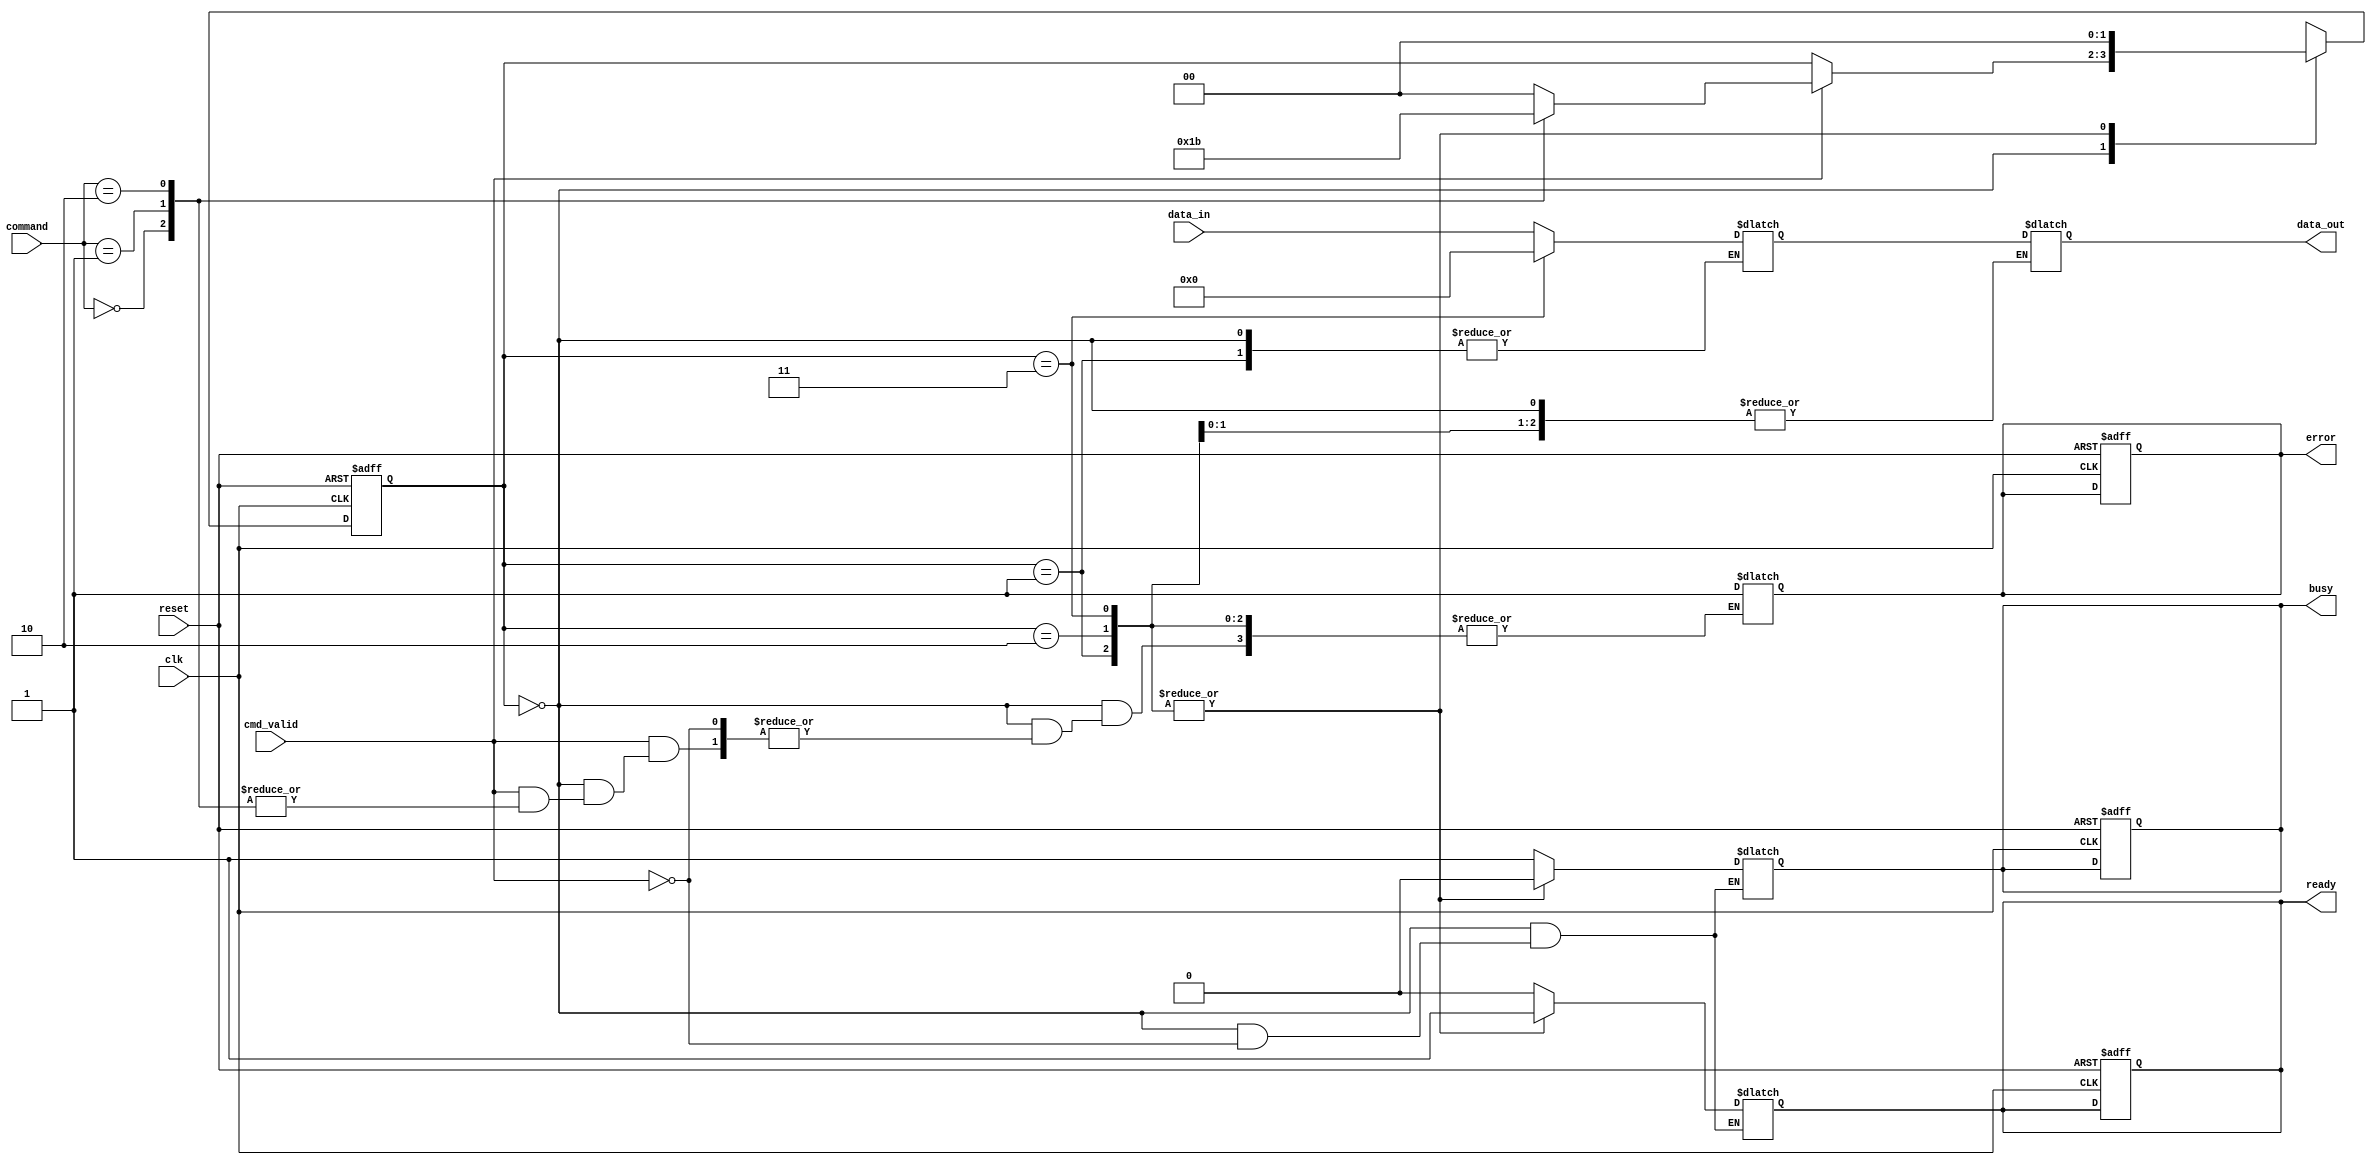
module io_block (
    input wire clk,               // System clock
    input wire reset,             // Reset signal
    input wire [7:0] data_in,     // Data input from external controller
    input wire cmd_valid,         // Command valid signal
    input wire [2:0] command,     // Command (0: Read, 1: Write, 2: Erase)
    output reg [7:0] data_out,    // Data output to external controller
    output reg busy,              // Busy status
    output reg ready,             // Ready status
    output reg error              // Error status
);

    // Internal signals
    reg [7:0] data_latch;         // Data latch for temporary storage
    reg [1:0] state;              // State machine for operations
    reg [1:0] next_state;         // Next state for state machine

    // State encoding
    localparam IDLE = 2'b00;
    localparam READ = 2'b01;
    localparam WRITE = 2'b10;
    localparam ERASE = 2'b11;

    // Command Decoder
    always @(posedge clk or posedge reset) begin
        if (reset) begin
            state <= IDLE;
            busy <= 0;
            ready <= 1;
            error <= 0;
        end else begin
            state <= next_state;
        end
    end

    // State Machine
    always @(*) begin
        next_state = state;
        case (state)
            IDLE: begin
                if (cmd_valid) begin
                    busy = 1;
                    ready = 0;
                    case (command)
                        3'b000: next_state = READ;  // Read command
                        3'b001: next_state = WRITE; // Write command
                        3'b010: next_state = ERASE;  // Erase command
                        default: begin
                            error = 1; // Invalid command
                            next_state = IDLE;
                        end
                    endcase
                end
            end
            READ: begin
                // Simulate read operation
                data_out = data_latch; // Output the data
                busy = 0;
                ready = 1;
                next_state = IDLE;
            end
            WRITE: begin
                // Simulate write operation
                data_latch = data_in; // Latch the input data
                busy = 0;
                ready = 1;
                next_state = IDLE;
            end
            ERASE: begin
                // Simulate erase operation
                data_latch = 8'b00000000; // Reset data latch
                busy = 0;
                ready = 1;
                next_state = IDLE;
            end
        endcase
    end

    // Voltage Level Shifter (simplified)
    function [7:0] voltage_level_shift(input [7:0] data);
        // Example level shifting logic (this is a placeholder)
        voltage_level_shift = data; // No actual shifting for simplicity
    endfunction

    // Timing Control (simplified)
    always @(posedge clk) begin
        // Timing adjustments can be implemented here
    end

endmodule